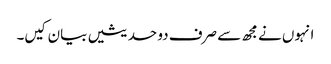
انہوں نے مجھ سے صرف دو حدیثیں بیان کیں۔